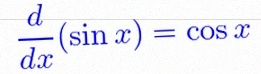
\frac{d}{dx}(\sin x)=\cos x